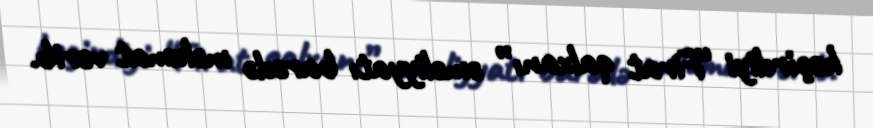
keçirdiyi “Firat qalxanı” əməliyyatı barədə məlumat verib.